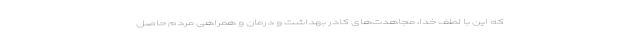
که این با لطف خدا، مجاهدت‌های کادر بهداشت و درمان و همراهی مردم حاصل